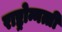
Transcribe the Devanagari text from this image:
राष्ट्रोन्नत्ती